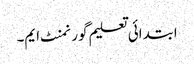
ابتدائی تعلیم گورنمنٹ ایم۔